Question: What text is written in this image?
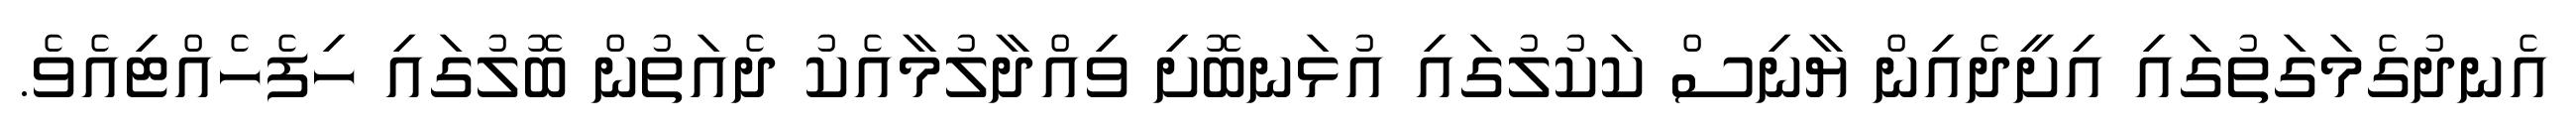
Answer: އެނދުގެމަގަތުގައި އިށީދެއިން ޔާނިސް ކަކުލުގައި އުޅަނބޮށި ވިއްދާލުމާއެކު ދެއަތުން ބޮލުގައި ހިފެހެއްޓިއެވެ.